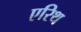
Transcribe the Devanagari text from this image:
एरिथ